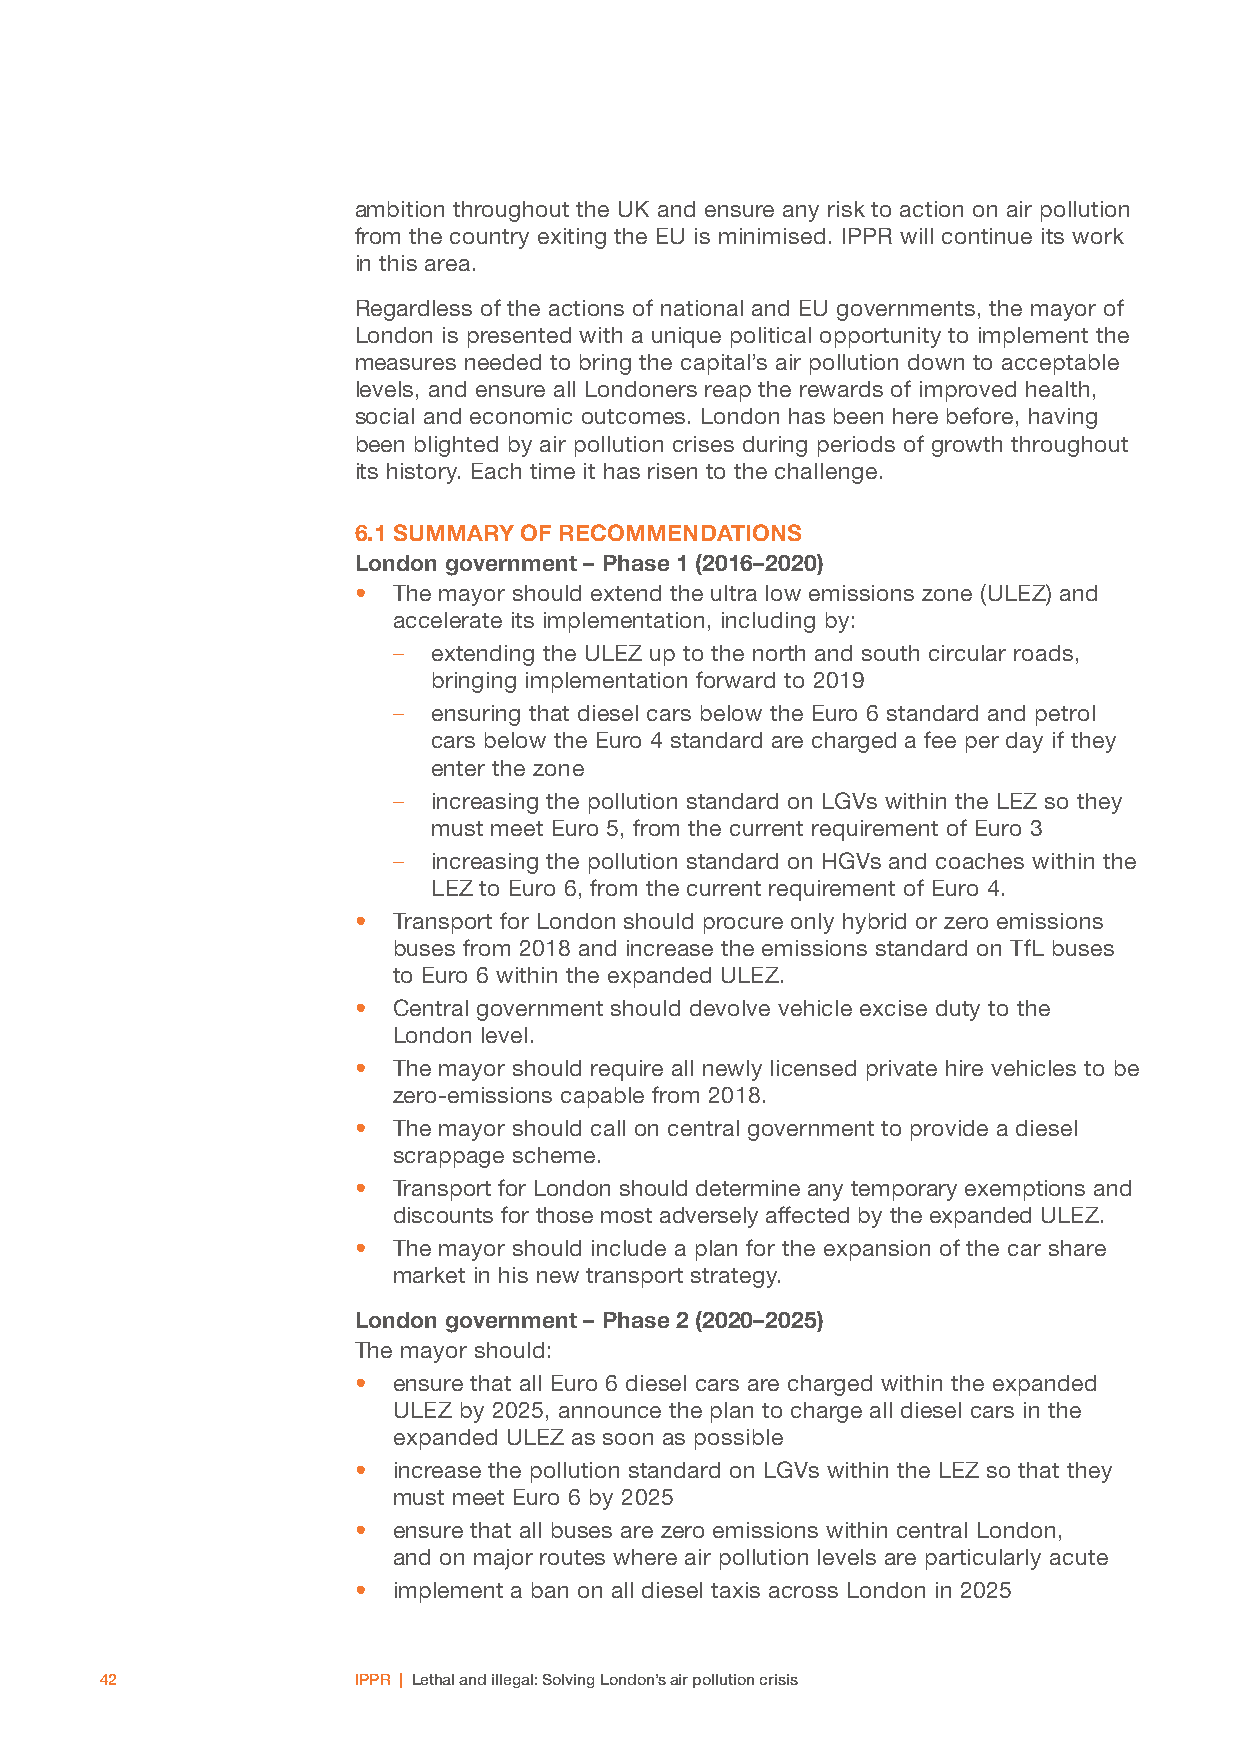
ambition throughout the UK and ensure any risk to action on air pollution
 from the country exiting the EU is minimised. IPPR will continue its work
 in this area.
 Regardless of the actions of national and EU governments, the mayor of
 London is presented with a unique political opportunity to implement the
 measures needed to bring the capital’s air pollution down to acceptable
 levels, and ensure all Londoners reap the rewards of improved health,
 social and economic outcomes. London has been here before, having
 been blighted by air pollution crises during periods of growth throughout
 its history. Each time it has risen to the challenge.
 6.1 SUMMARY OF RECOMMENDATIONS
 London government – Phase 1 (2016–2020)
 •  The mayor should extend the ultra low emissions zone (ULEZ) and
 accelerate its implementation, including by:
 –  extending the ULEZ up to the north and south circular roads,
 bringing implementation forward to 2019
 –  ensuring that diesel cars below the Euro 6 standard and petrol
 cars below the Euro 4 standard are charged a fee per day if they
 enter the zone
 –  increasing the pollution standard on LGVs within the LEZ so they
 must meet Euro 5, from the current requirement of Euro 3
 –  increasing the pollution standard on HGVs and coaches within the
 LEZ to Euro 6, from the current requirement of Euro 4.
 •  Transport for London should procure only hybrid or zero emissions
 buses from 2018 and increase the emissions standard on TfL buses
 to Euro 6 within the expanded ULEZ.
 •  Central government should devolve vehicle excise duty to the
 London level.
 •  The mayor should require all newly licensed private hire vehicles to be
 zero-emissions capable from 2018.
 •  The mayor should call on central government to provide a diesel
 scrappage scheme.
 •  Transport for London should determine any temporary exemptions and
 discounts for those most adversely affected by the expanded ULEZ.
 •  The mayor should include a plan for the expansion of the car share
 market in his new transport strategy.
 London government – Phase 2 (2020–2025)
 The mayor should:
 •  ensure that all Euro 6 diesel cars are charged within the expanded
 ULEZ by 2025, announce the plan to charge all diesel cars in the
 expanded ULEZ as soon as possible
 •  increase the pollution standard on LGVs within the LEZ so that they
 must meet Euro 6 by 2025
 •  ensure that all buses are zero emissions within central London,
 and on major routes where air pollution levels are particularly acute
 •  implement a ban on all diesel taxis across London in 2025
 42              IPPR | Lethal and illegal: Solving London’s air pollution crisis